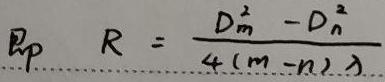
即 $R = \frac{D_{m}^{2}-D_{n}^{2}}{4(m - n)\lambda}$